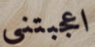
اعجبتني